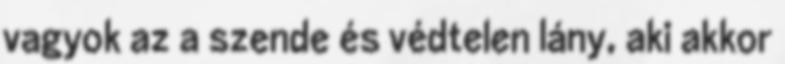
vagyok az a szende és védtelen lány, aki akkor